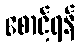
စောင့်ရန်